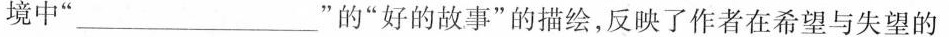
境中”___”的”好的故事”的描绘，反映了作者在希望与失望的